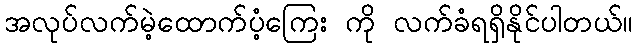
အလုပ်လက်မဲ့ထောက်ပံ့ကြေး ကို လက်ခံရရှိနိုင်ပါတယ်။